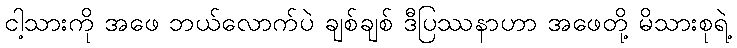
ငါ့သားကို အဖေ ဘယ်လောက်ပဲ ချစ်ချစ် ဒီပြဿနာဟာ အဖေတို့ မိသားစုရဲ့